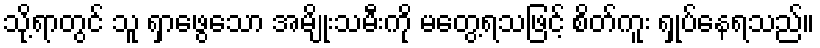
သို့ရာတွင် သူ ရှာဖွေသော အမျိုးသမီးကို မတွေ့ရသဖြင့် စိတ်ကူး ရှုပ်နေရသည်။